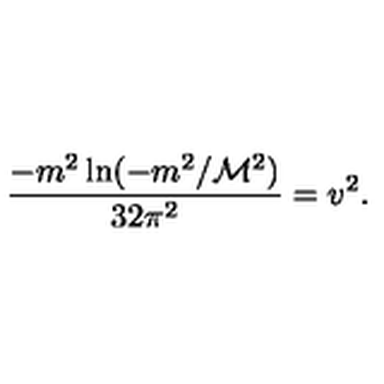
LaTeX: \frac { - m ^ { 2 } \ln ( - m ^ { 2 } / { \cal M } ^ { 2 } ) } { 3 2 \pi ^ { 2 } } = v ^ { 2 } .